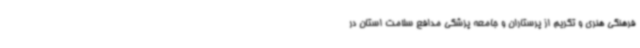
فرهنگی هنری و تکریم از پرستاران و جامعه پزشکی مدافع سلامت استان در